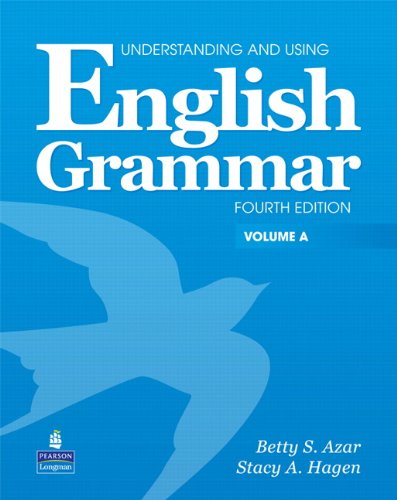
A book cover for Understanding and Using English Grammar, Vol. A, 4th Edition; Betty Schrampfer Azar; Reference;